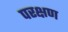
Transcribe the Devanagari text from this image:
परक्षण